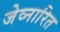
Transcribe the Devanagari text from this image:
जेव्नारित